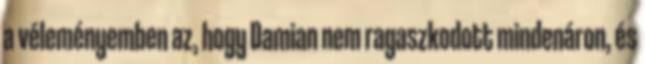
a véleményemben az, hogy Damian nem ragaszkodott mindenáron, és